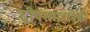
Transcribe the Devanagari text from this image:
द्वीपसमूहांपैकी